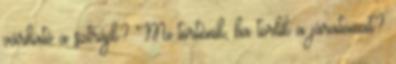
várható a sztrájk? Mi történik, ha törlik a járatomat?